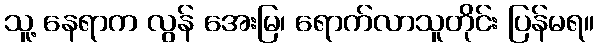
သူ့ နေရာက လွန် အေးမြ၊ ရောက်လာသူတိုင်း ပြန်မရ။